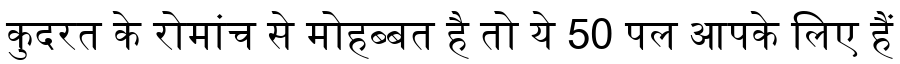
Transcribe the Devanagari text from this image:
कुदरत के रोमांच से मोहब्बत है तो ये 50 पल आपके लिए हैं